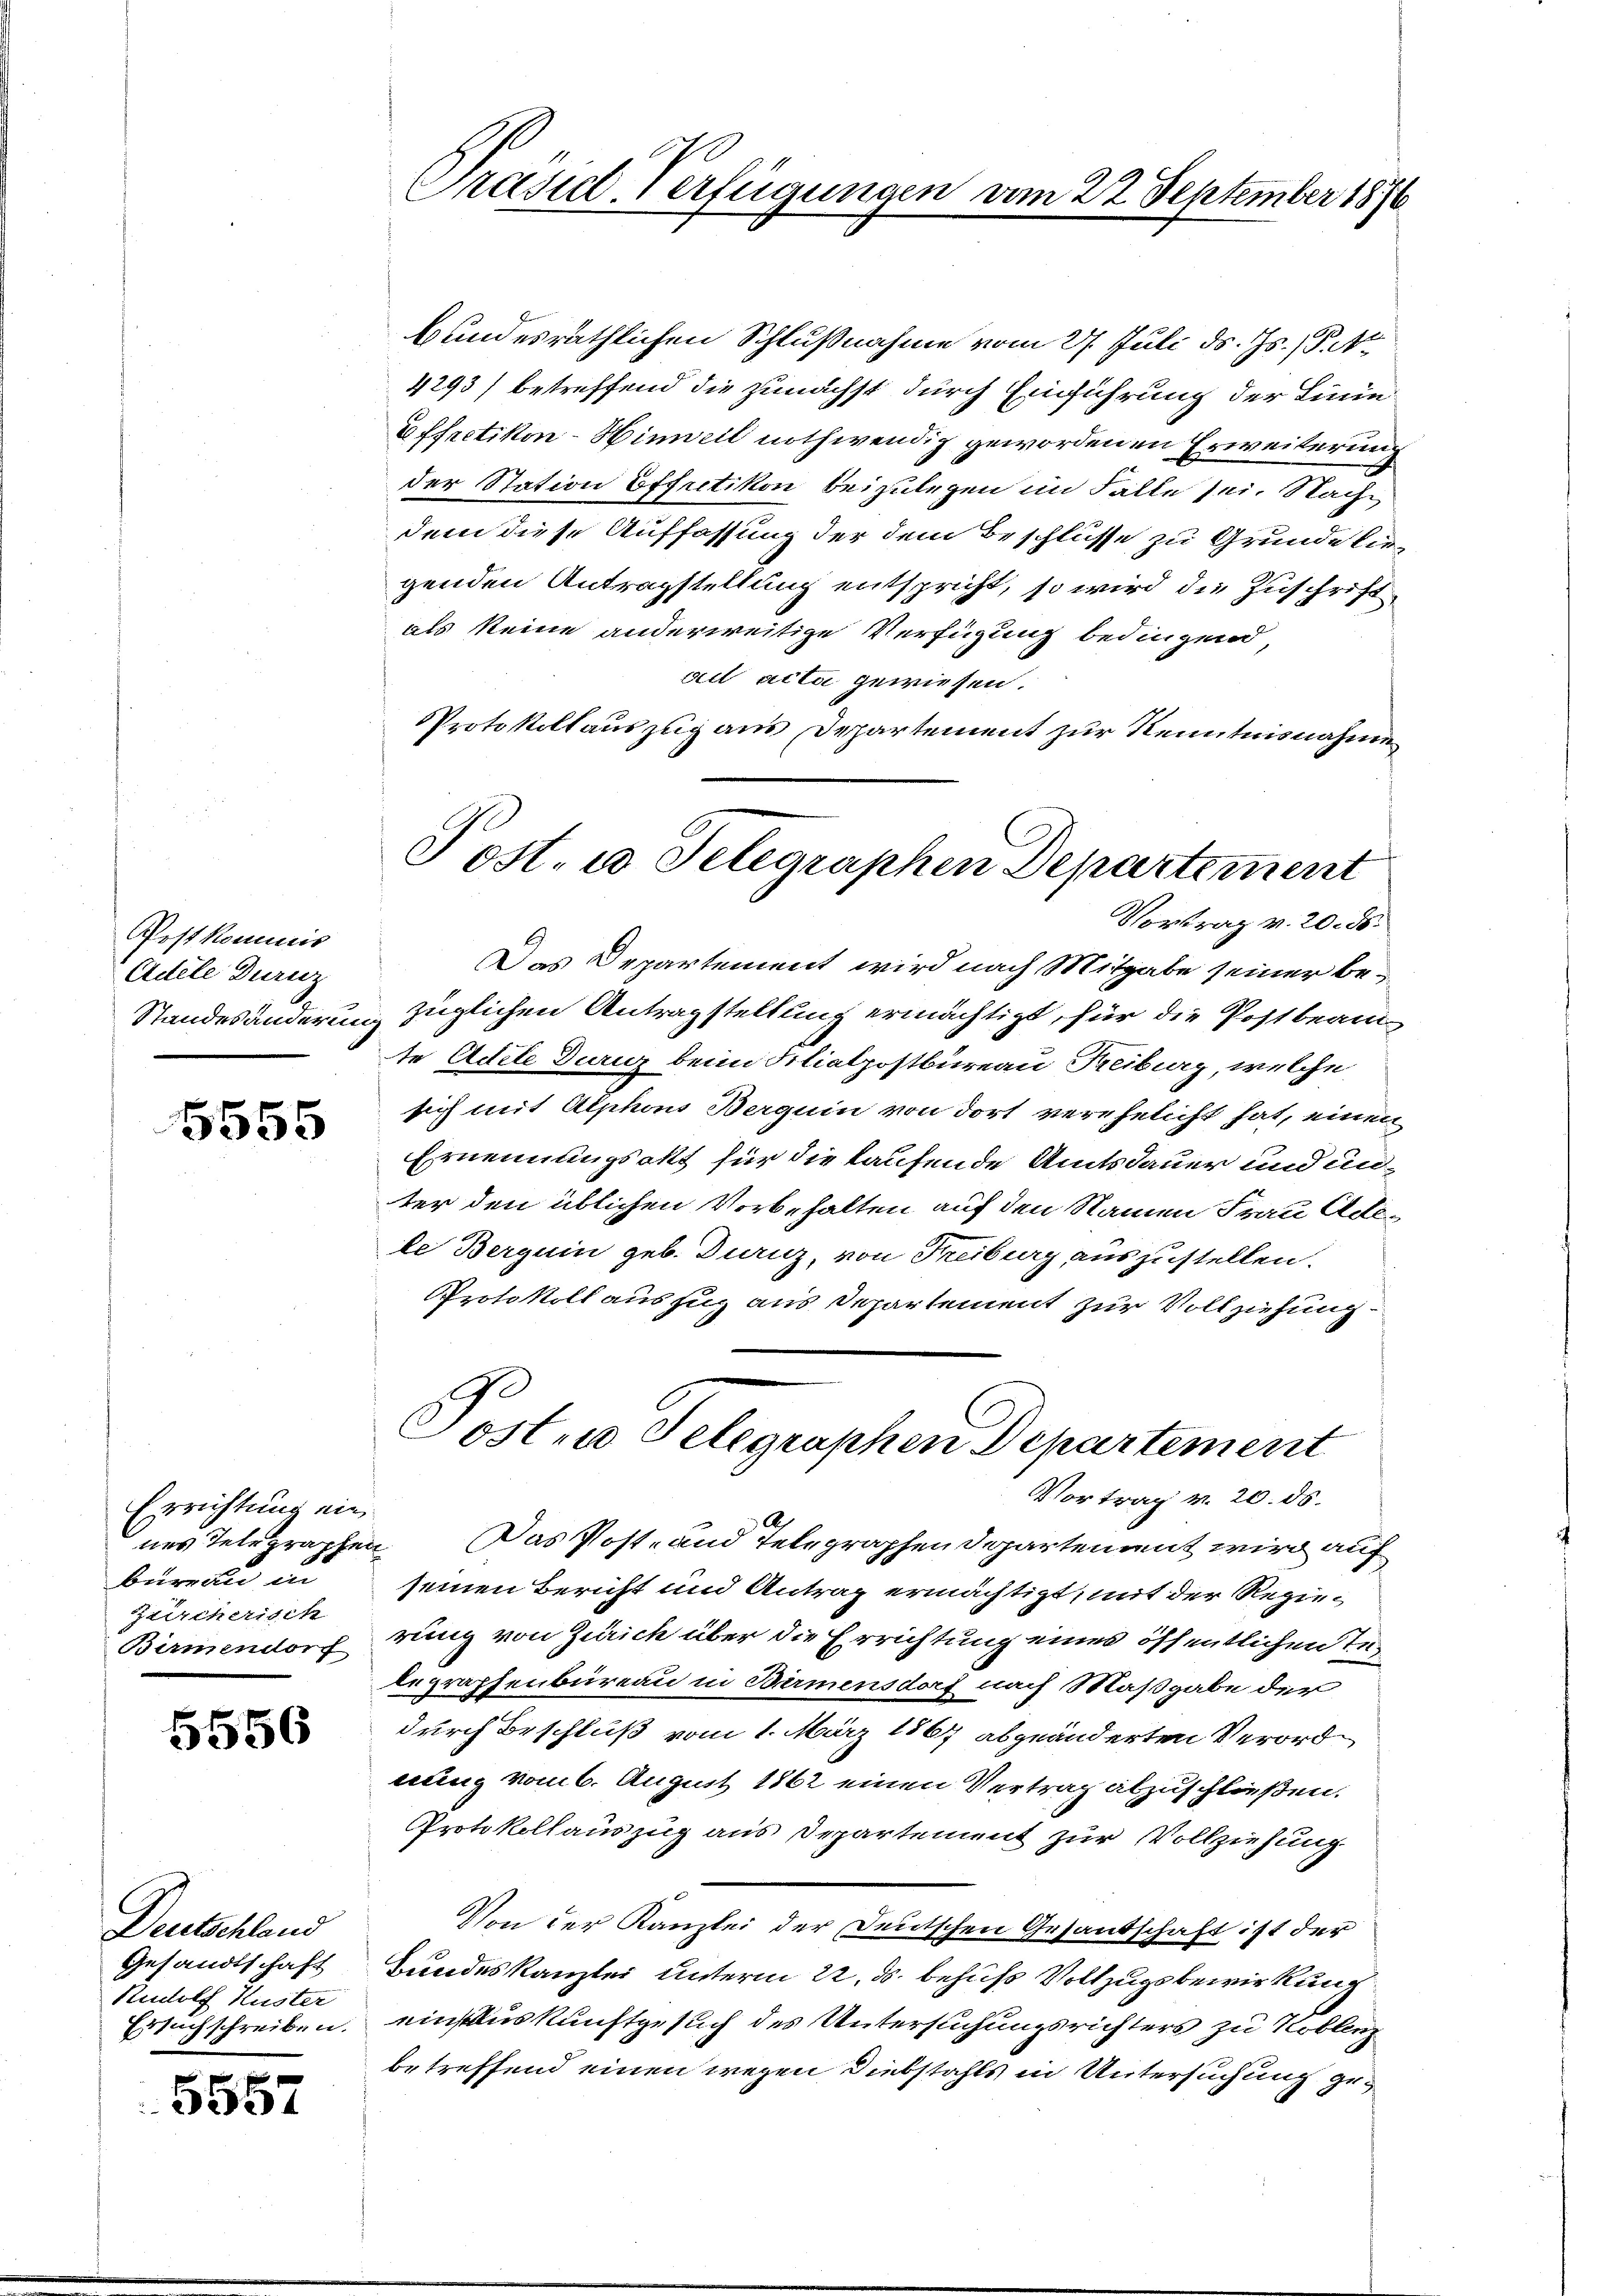
Post kommis
Adele Durnz
Standesanderung

5555

Errichtung ein
büreau in
Zürcherisch
Birmendorf

5556

Deutschland
Gesandtschaft
Rudolf Kuster
Ersuchschreiben.

5557

Präside-Verfügungen vom 22. September 1876

Post. u Selegraphen Departement

bundesräthlichen Schlußnahme vom 27. Juli d. Js. Pa¬
4293) betreffend die zunächst durch Einführung der Linie
Effectikon–Hinweil nothwendig gewordenen Erweiterung
der Station Effretikon beizulegen im Falle sei. Nachdem diese Auffassung der dem Beschlüsse zu Grunde liegenden Antragstellung entspricht, so wird die Zuschriftals keine anderweitige Verfügung bedingend,
ad acta gewiesen.
Protokollauszug aus Departement zur Kenntnisnahmen
Vortrag v. 20. ds.
Das Departement wird nach Mitgabe seiner bezüglichen Antragstellung ermächtigt, für die Postbeamte Adele Danz beim Filialpostbureau Treiburg, welche
sich mit Alphons Berguin von dort verehelicht hat, einen
Ernennungsakt für die kaufende Amtsdauer und un
ter den üblichen Vorbehalten auf den Namen Frau Adele Berguin geb. Dianz, von Freiburg auszustellen.
Protokoll auszug aus Departement zur Vollziehung
Post. Selegraphen Departement
Vortrag v. 20. ds.
nes Telegraphen. Das Post- und Telegraphen Departement wird auf
seinen Bericht und Antrag ermächtigt, mit der Regierung von Zürich über die Errichtung eines öffentlichen Te
begraphenbureau in Birmensdorf nach Maßgabe der
durch Beschluß vom 1. März 1867 abgeänderten Verorderung vom 6. August 1862 einen Vertrag abzuschließen.
Protokollauszug aus Departement zur Vollziehung
Von der Kanzlei der Deutschen Gesandtschaft ist der
Bundeskanzlei unterm 22. ds. behufs Vollzugsbewirkung
einsauskunftgesuch des Untersuchungsrichters zu Koblenz
betreffend einen wegen Diebstahls in Untersuchung ge¬